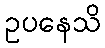
ဥပနေသိ